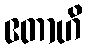
ဧတာဟိ